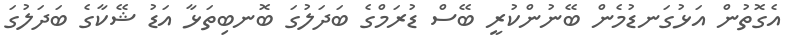
އެގޮތުން އަޅުގަނޑުމެން ބޭނުންކުރީ ބޭސް ޑުރަމްގެ ބަދަލުގަ ބޮނބިތަޅާ އަޑު ޝޭކާގެ ބަދަލުގަ